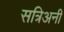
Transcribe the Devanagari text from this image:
सत्रिअनी